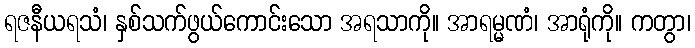
ရဇနီယရသံ၊ နှစ်သက်ဖွယ်ကောင်းသော အရသာကို။ အာရမ္မဏံ၊ အာရုံကို။ ကတွာ၊